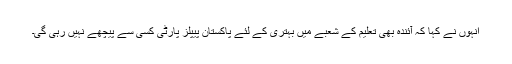
اْنہوں نے کہا کہ آئندہ بھی تعلیم کے شعبے میں بہتری کے لئے پاکستان پیپلز پارٹی کسی سے پیچھے نہیں رہی گی۔